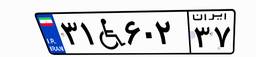
۳۱W۶۰۲۳۷